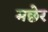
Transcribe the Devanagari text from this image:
मछेर